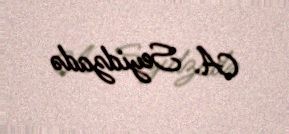
A. Seyidzadə